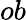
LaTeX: ob